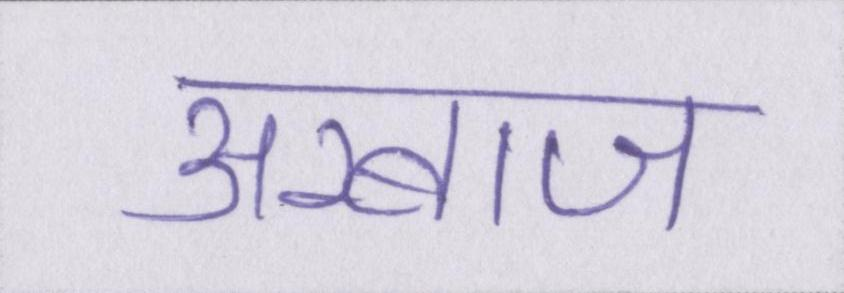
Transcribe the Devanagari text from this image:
अरबाज